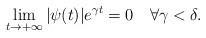
LaTeX: \begin{align*}\lim_{t\to+\infty}|\psi(t)|e^{\gamma t}=0 \quad \forall \gamma<\delta. \end{align*}